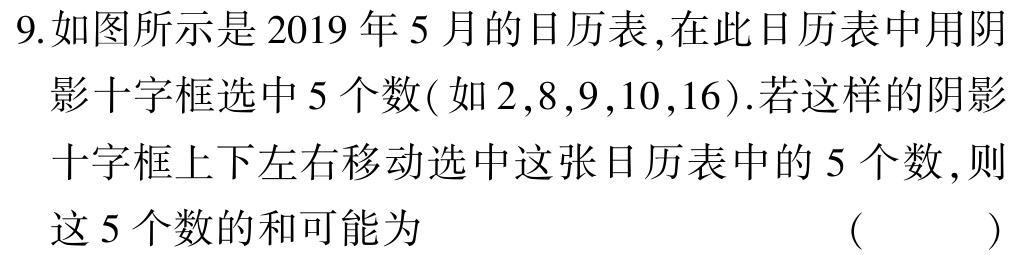
9.如图所示是2019年5月的日历表,在此日历表中用阴影十字框选中5个数(如2,8,9,10,16).若这样的阴影十字框上下左右移动选中这张日历表中的5个数,则这5个数的和可能为 （  ）